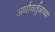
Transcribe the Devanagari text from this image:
अर्धावर्तुळच्या